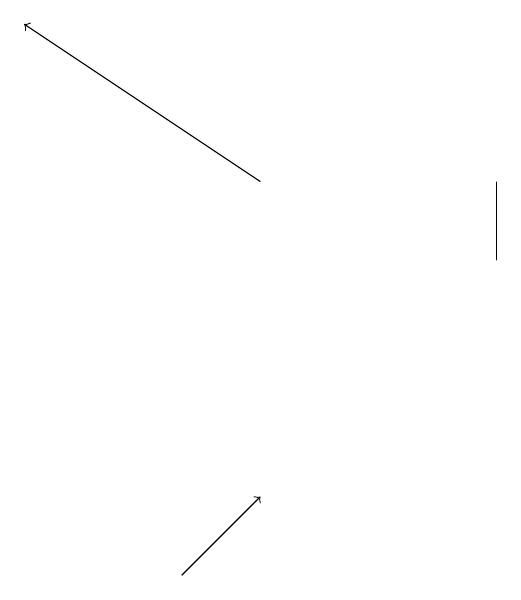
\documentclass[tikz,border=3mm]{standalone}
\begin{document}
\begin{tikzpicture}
\draw[->] (5,12) -- (6,13);
\draw (9,17) rectangle (9,16);
\draw[->] (6,17) -- (3,19);
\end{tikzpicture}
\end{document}